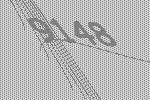
9148